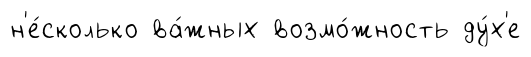
н'е́сколько ва́жных возмо́жность ду́х'е